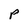
Character: p